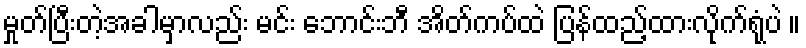
မှုတ်ပြီးတဲ့အခါမှာလည်း မင်း ဘောင်းဘီ အိတ်ကပ်ထဲ ပြန်ထည့်ထားလိုက်ရုံပဲ ။